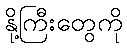
နို့ကြီးတွေကို